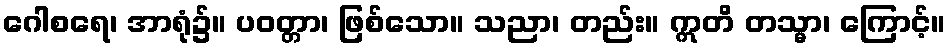
ဂေါစရေ၊ အာရုံ၌။ ပဝတ္တာ၊ ဖြစ်သော။ သညာ၊ တည်း။ ဣတိ တသ္မာ၊ ကြောင့်။